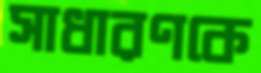
সাধারণকে